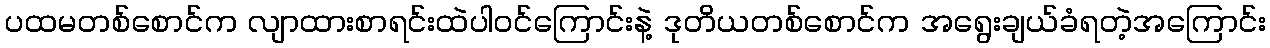
ပထမတစ်စောင်က လျာထားစာရင်းထဲပါဝင်ကြောင်းနဲ့ ဒုတိယတစ်စောင်က အရွေးချယ်ခံရတဲ့အကြောင်း